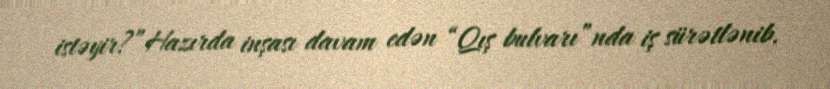
istəyir?”Hazırda inşası davam edən “Qış bulvarı”nda iş sürətlənib.